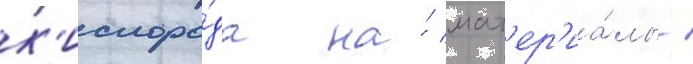
к'ислоро́да на́ мат'ер'иа́лы /